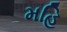
મહિ